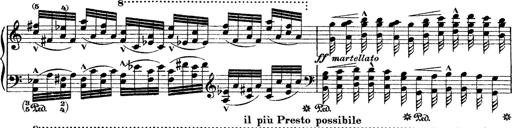
Title: Grande fantasie di bravura sur La clochette
Composer: Franz Liszt
Key: A minor